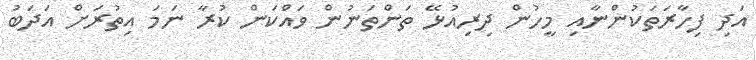
އަދި ފިހާރަތަކުންނާއި މީހުން ދިރިއުޅޭ ތަންތަނުން ވައްކަން ކުރާ ނަމަ އިތުރަށް އަދަބު